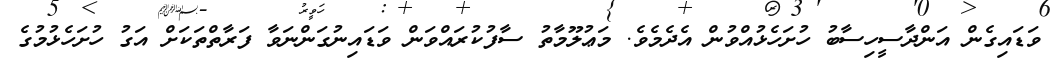
ވަޑައިގެން އަންދާސީހިސާބު ހުށަހެޅުއްވުން އެދެމެވެ. މަޢުލޫމާތު ސާފުކުރައްވަން ވަޑައިނުގަންނަވާ ފަރާތްތަކަށް އަގު ހުށަހެޅުމުގެ